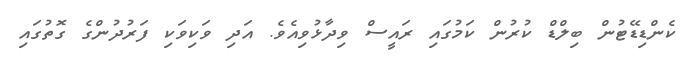
ކެންޑިޑޭޓުން ބިލްޑް ކުރުން ކަމުގައި ރައީސް ވިދާޅުވިއެވެ. އަދި ވަކިވަކި ފަރުދުންގެ ގޮތުގައި